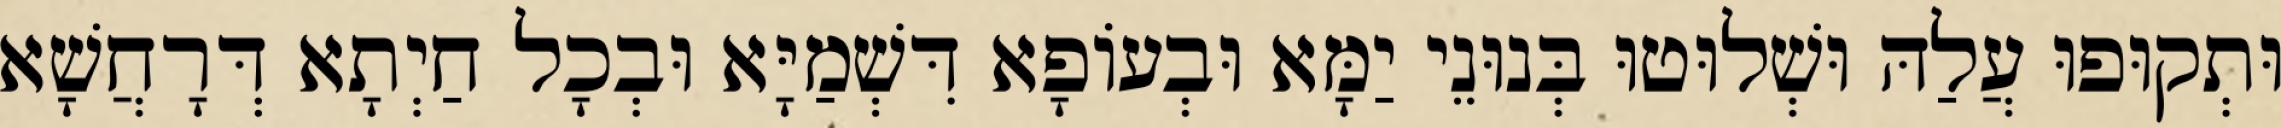
וּתְקוּפוּ עֲלַהּ וּשְׁלוּטוּ בְּנוּנֵי יַמָּא וּבְעוֹפָא דִּשְׁמַיָּא וּבְכָל חַיְתָא דְּרָחֲשָׁא